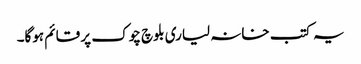
یہ کتب خانہ لیاری بلوچ چوک پر قائم ہوگا۔